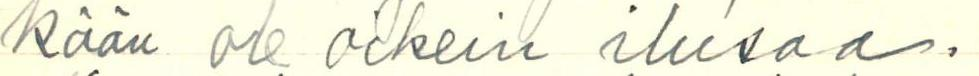
kään ole oikein ilusaa.